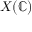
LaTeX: X ( \mathbb { C } )